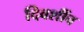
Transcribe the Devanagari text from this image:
दिवशींच